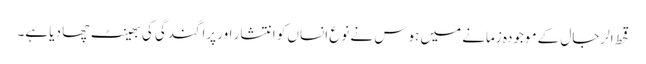
قحط الرجال کے موجودہ زمانے میں ہوس نے نوع انساں کو انتشار اور پراگندگی کی بھینٹ چھا دیا ہے۔